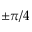
\pm \pi / 4